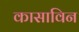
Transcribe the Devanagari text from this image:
कासाविन